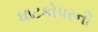
ઘાટકોપરની